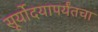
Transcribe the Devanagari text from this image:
सूर्योदयापर्यंतचा